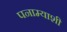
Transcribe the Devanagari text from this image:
पनाम्याशी